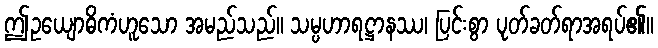
ဤဥယျောဓိကံဟူသော အမည်သည်။ သမ္ပဟာရဋ္ဌာနဿ၊ ပြင်းစွာ ပုတ်ခတ်ရာအရပ်၏။